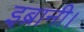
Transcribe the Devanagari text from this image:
इब्रानी।